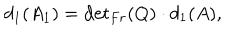
LaTeX: d _ { 1 } ( A _ { 1 } ) = { \det } _ { F r } ( Q ) \cdot d _ { 1 } ( A ) ,